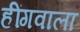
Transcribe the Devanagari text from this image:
हींगवाला